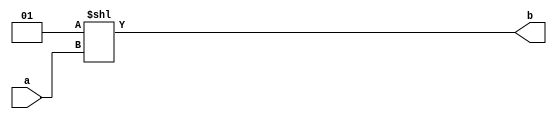
// decodes binary input into one hot code output.
module dec (a, b);
    
    input [2:0] a;
    output [7:0] b;

    reg [7:0] b;

    always @(a)
        b = 1 << a;

endmodule

// mux8 - 8 input multiplexer 
module mux8 (R7, R6, R5, R4, R3, R2, R1, R0, readnum, data_out);

    input [15:0] R0, R1, R2, R3, R4, R5, R6, R7;
    input [2:0] readnum;
    output [15:0] data_out;
    
    wire [7:0] readnum_oh;
    reg [15:0] data_out;

    // deconging readnum 
    dec readnum_boh (readnum, readnum_oh);

    always @* begin
        // assigns a value to data_out depending on the one hot readnum and the value stored in Rs.
        data_out = ({16{readnum_oh[0]}} & R0) | 
                        ({16{readnum_oh[1]}} & R1) |
                        ({16{readnum_oh[2]}} & R2) |
                        ({16{readnum_oh[3]}} & R3) |
                        ({16{readnum_oh[4]}} & R4) | 
                        ({16{readnum_oh[5]}} & R5) |
                        ({16{readnum_oh[6]}} & R6) |
                        ({16{readnum_oh[7]}} & R7) ; 
    end

endmodule


module regfile(data_in,writenum,write,readnum,clk,data_out);
    
    input [15:0] data_in;
    input [2:0] writenum, readnum;
    input wire write, clk;
    output [15:0] data_out;

    wire [15:0] data_in, data_out;
    wire [7:0] writenum_oh;
    wire [2:0] writenum, readnum;
    wire load7, load6, load5, load4, load3, load2, load1, load0;
    reg [15:0] R0, R1, R2, R3, R4, R5, R6, R7;
    wire [15:0] next_out7, next_out6, next_out5, next_out4, next_out3, next_out2, next_out1, next_out0;
    
    //instantiating decoder
    dec writenum_boh (writenum, writenum_oh);

    //instantiating 8 input multiplexer
    mux8 DUT (R7, R6, R5, R4, R3, R2, R1, R0, readnum, data_out);

    initial begin
        R7 = 16'b0;
        R6 = 16'b0;
        R5 = 16'b0;
        R4 = 16'b0;
        R3 = 16'b0;
        R2 = 16'b0;
        R1 = 16'b0;
        R0 = 16'b0;
    end
    
    
    // assigning load1-load7 value by ANDing write and the 
    // corresponding bit of the writenum onehot code.
    assign load7 = write & writenum_oh[7];
    assign load6 = write & writenum_oh[6];
    assign load5 = write & writenum_oh[5];
    assign load4 = write & writenum_oh[4];
    assign load3 = write & writenum_oh[3];
    assign load2 = write & writenum_oh[2];
    assign load1 = write & writenum_oh[1];
    assign load0 = write & writenum_oh[0];

    //selecting nextoutput output between storage R0-R7          
    assign next_out7 = load7 ? data_in : R7;
    assign next_out6 = load6 ? data_in : R6;
    assign next_out5 = load5 ? data_in : R5;
    assign next_out4 = load4 ? data_in : R4;
    assign next_out3 = load3 ? data_in : R3;
    assign next_out2 = load2 ? data_in : R2;
    assign next_out1 = load1 ? data_in : R1;
    assign next_out0 = load0 ? data_in : R0;

    //Output at rising edge of clock
    always @(posedge clk) begin 
        R7 = next_out7;
        R6 = next_out6;
        R5 = next_out5;
        R4 = next_out4;
        R3 = next_out3;
        R2 = next_out2;
        R1 = next_out1;
        R0 = next_out0;
    end

endmodule